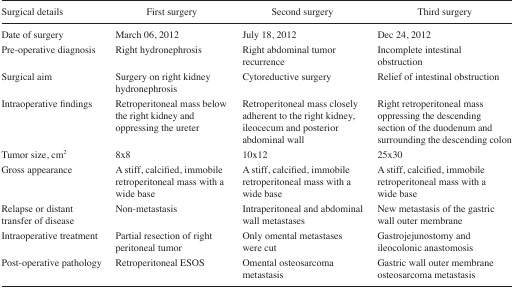
| Surgical details | First surgery | Second surgery | Third surgery |
 | --- | --- | --- | --- |
 | Date of surgery | March 06, 2012 | July 18, 2012 | Dec 24, 2012 |
 | Pre-operative diagnosis | Right hydronephrosis | Right abdominal tumor recurrence | Incomplete intestinal obstruction |
 | Surgical aim | Surgery on right kidney hydronephrosis | Cytoreductive surgery | Relief of intestinal obstruction |
 | Intraoperative findings | Retroperitoneal mass below the right kidney and oppressing the ureter | Retroperitoneal mass closely adherent to the right kidney, ileocecum and posterior abdominal wall | Right retroperitoneal mass oppressing the descending section of the duodenum and surrounding the descending colon |
 | Tumor size, cm2 | 8v8 | 10×12 | 25×30 |
 | Gross appearance | A stiff, calcified, immobile retroperitoneal mass with a wide base | A stiff, calcified, immobile retroperitoneal mass with a wide base | A stiff, calcified, immobile retroperitoneal mass with a wide base |
 | Relapse or distant transfer of disease | Non-metastasis | Intraperitoneal and abdominal wall metastases | New metastasis of the gastric wall outer membrane |
 | Intraoperative treatment | Partial resection of right peritoneal tumor | Only omental metastases were cut | Gastrojejunostomy and ileocolonic anastomosis |
 | Post-operative pathology | Retroperitoneal ESOS | Omental osteosarcoma metastasis | Gastric wall outer membrane osteosarcoma metastasis |